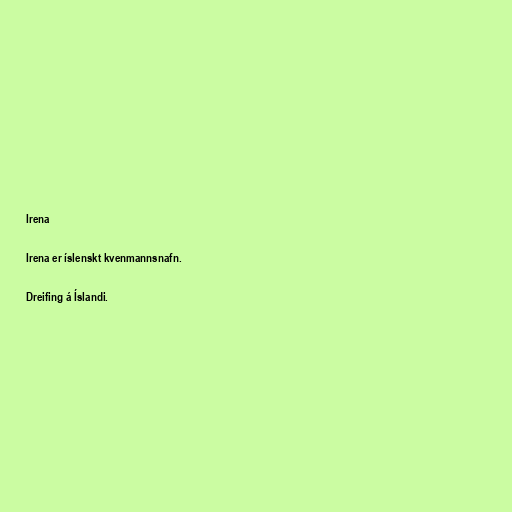
Irena

Irena er íslenskt kvenmannsnafn.

Dreifing á Íslandi.